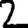
Digit: 2